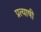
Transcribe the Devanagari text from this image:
प्रत्याषी